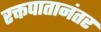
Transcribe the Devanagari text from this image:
रक्तपातानंतर